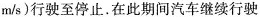
m/s)行驶至停止。在此期间汽车继续行驶